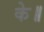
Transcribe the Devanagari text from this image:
के॥